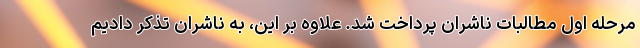
مرحله اول مطالبات ناشران پرداخت شد. علاوه بر این، به ناشران تذکر دادیم